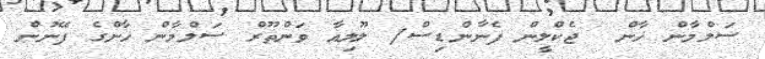
ސަލްމާން ޚާން  ޖެކްލީން ފެނާންޑިސް/ ލޫލިއާ ވަންތޫރް ސަލްމާން ޚާންގެ ފޭނުން